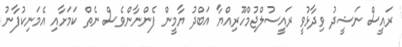
ރައީސް ނަޝީދު ވިދާޅުވީ ރައީސުލްޖުމްހޫރިއްޔާ އަބްދު ޔާމީން ފެންނާންވެސް ނެތް ކަމަށާއި އެމަނިކުފާނު